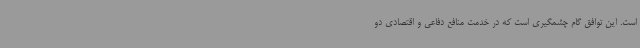
است. این توافق گام چشمگیری است که در خدمت منافع دفاعی و اقتصادی دو